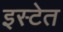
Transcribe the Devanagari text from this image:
इस्टेत